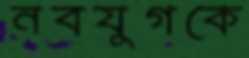
নবযুগকে